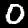
Digit: 0